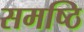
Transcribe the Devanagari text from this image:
समष्ठि